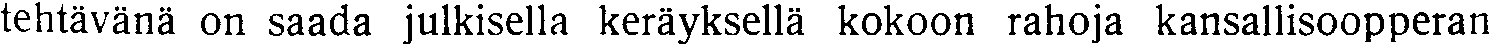
tehtävänä on saada julkisella keräyksellä kokoon rahoja kansallisoopperan